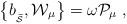
LaTeX: \begin{align*}\left\{ b_{_{\widetilde{\mathcal{S}}}},\mathcal{W}_\mu \right\} =\omega \mathcal{P}_\mu \;, \end{align*}